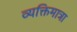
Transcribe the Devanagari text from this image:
व्यक्तिमात्रा